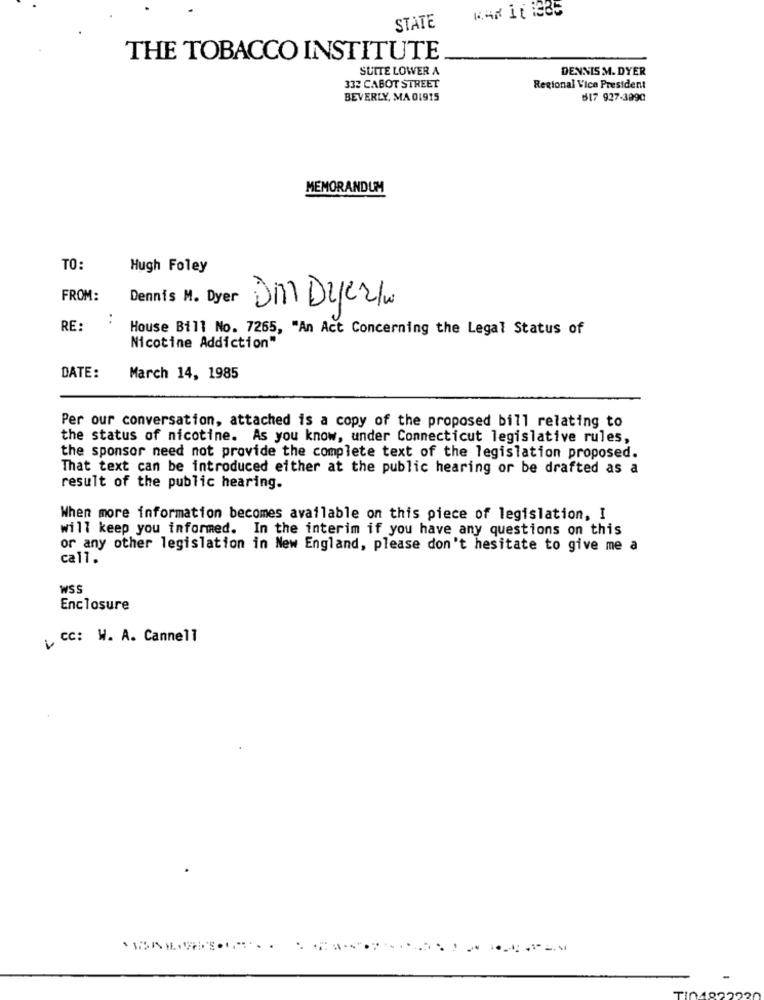
STATE
THE TOBACCO INSTITUTE
SUITE LOWER A
DENNIS M. DYER
332 CABOT STREET
Regional Vice President
BEVERLY, MA 01915
817 927-3990
MEMORANDUM
TO:
Hugh Foley
FROM:
Dennis M. Dyer
Dm Diez/w
..
RE:
House Bill No. 7265, "An Act Concerning the Legal Status of
Nicotine Addiction"
DATE:
March 14, 1985
Per our conversation, attached is a copy of the proposed bill relating to
the status of nicotine. As you know, under Connecticut legislative rules,
the sponsor need not provide the complete text of the legislation proposed.
That text can be introduced either at the public hearing or be drafted as a
result of the public hearing.
When more information becomes available on this piece of legislation, I
will keep you informed. In the interim if you have any questions on this
or any other legislation in New England, please don't hesitate to give me a
call.
WSS
Enclosure
CC: W. A. Cannell